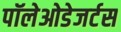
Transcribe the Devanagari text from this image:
पॉलेओडेजर्टस